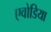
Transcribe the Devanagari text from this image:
एवोडिया